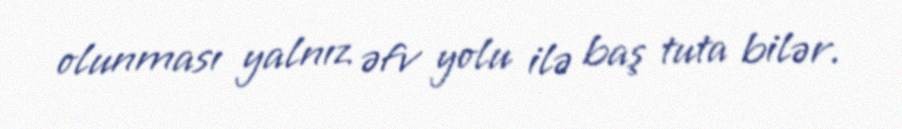
olunması yalnız əfv yolu ilə baş tuta bilər.